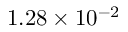
1 . 2 8 \times 1 0 ^ { - 2 }